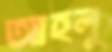
আহলু